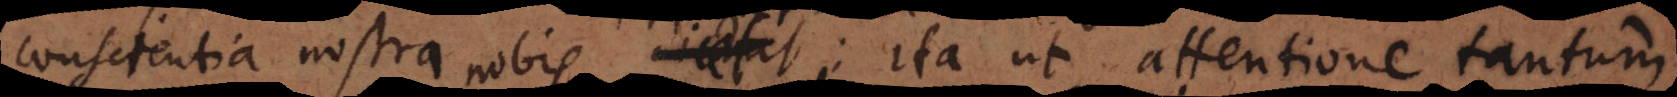
conscientia nostra nobis dicet, ita ut attentione tantum